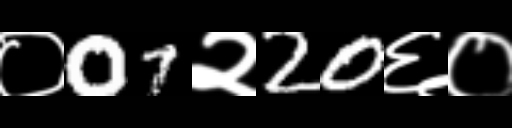
Text: ०07२20६०